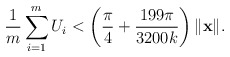
\begin{align*}\frac{1}{m}\sum_{i=1}^m U_i < \left(\frac{\pi}{4}+\frac{199\pi}{3200k}\right)\|\mathbf{x}\| .\end{align*}